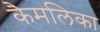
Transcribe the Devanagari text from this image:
कैमलिका